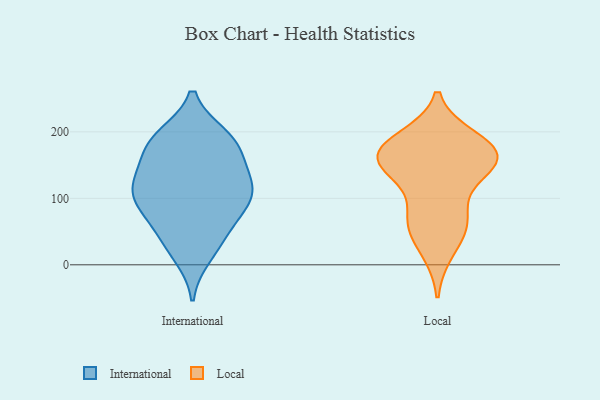
{"axis": {"x": "Conversion Rate (%)", "y": "Value"}, "legend": ["International", "Local"], "data": [{"x": "", "y": 83, "type": "International"}, {"x": "", "y": 45, "type": "International"}, {"x": "", "y": 119, "type": "International"}, {"x": "", "y": 184, "type": "International"}, {"x": "", "y": 85, "type": "International"}, {"x": "", "y": 108, "type": "International"}, {"x": "", "y": 150, "type": "International"}, {"x": "", "y": 190, "type": "International"}, {"x": "", "y": 75, "type": "International"}, {"x": "", "y": 32, "type": "International"}, {"x": "", "y": 114, "type": "International"}, {"x": "", "y": 121, "type": "International"}, {"x": "", "y": 162, "type": "International"}, {"x": "", "y": 14, "type": "International"}, {"x": "", "y": 117, "type": "International"}, {"x": "", "y": 186, "type": "International"}, {"x": "", "y": 193, "type": "International"}, {"x": "", "y": 63, "type": "Local"}, {"x": "", "y": 142, "type": "Local"}, {"x": "", "y": 163, "type": "Local"}, {"x": "", "y": 160, "type": "Local"}, {"x": "", "y": 172, "type": "Local"}, {"x": "", "y": 64, "type": "Local"}, {"x": "", "y": 160, "type": "Local"}, {"x": "", "y": 23, "type": "Local"}, {"x": "", "y": 177, "type": "Local"}, {"x": "", "y": 188, "type": "Local"}, {"x": "", "y": 147, "type": "Local"}, {"x": "", "y": 74, "type": "Local"}]}